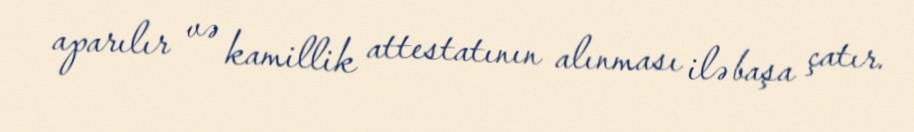
aparılır və kamillik attestatının alınması ilə başa çatır.